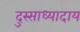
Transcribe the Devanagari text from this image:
दुस्साध्यादाय